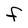
Character: F